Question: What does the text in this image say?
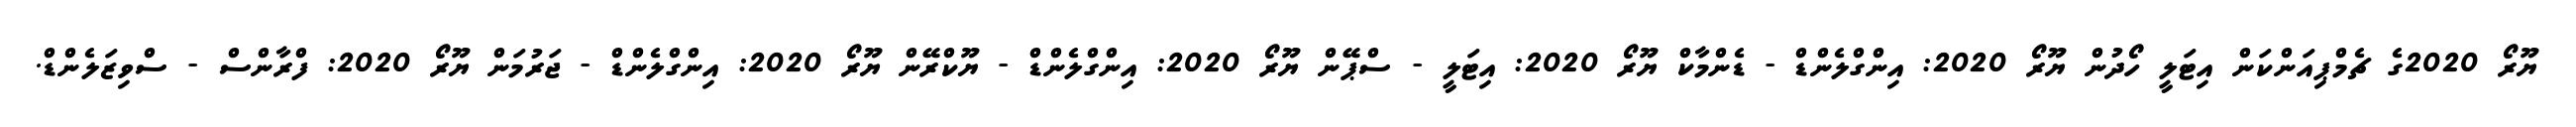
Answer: ޔޫރޯ 2020ގެ ޗެމްޕިއަންކަން އިޓަލީ ހޯދުން ޔޫރޯ 2020: އިންގްލެންޑް - ޑެންމާކް ޔޫރޯ 2020: އިޓަލީ - ސްޕޭން ޔޫރޯ 2020: އިންގްލެންޑް - ޔޫކްރޭން ޔޫރޯ 2020: އިންގްލެންޑް - ޖަރުމަން ޔޫރޯ 2020: ފްރާންސް - ސްވިޒަލެންޑް.